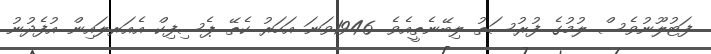
ފަޓުލޫނުވެސް ލުމުގެ ފުރުސަތު ލިބޭނެތީއެވެ. 1946ވަނަ އަހަރު ކެތޭ ޕެސިފިކް އެއަރލައިން އުފެދުނު